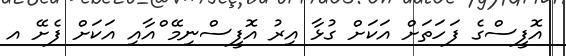
އޮފީސްގެ ފަހަތަށް އަކަށް ގުޅާ އިރު އޮފީސްނިމޭ ްއާއި އަކަށް ފެށޭ އ